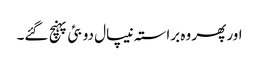
اور پھر وہ براستہ نیپال دوبئی پہنچ گئے۔